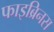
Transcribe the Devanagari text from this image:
फाइब्रिनस